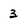
Character: 3